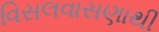
વિસલવાસણાથી